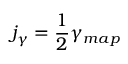
j _ { \gamma } = \frac { 1 } { 2 } \gamma _ { m a p }